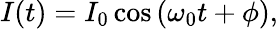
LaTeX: I(t)=I_{0}\cos\left(\omega_{0}t+\phi\right),